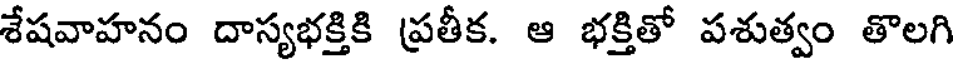
శేషవాహనం దాస్యభక్తికి ప్రతీక. ఆ భక్తితో పశుత్వం తొలగి